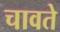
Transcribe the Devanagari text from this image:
चावते